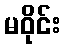
မဝိုင်း